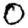
Digit: 0